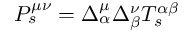
P _ { s } ^ { \mu \nu } = \Delta _ { \alpha } ^ { \mu } \Delta _ { \beta } ^ { \nu } T _ { s } ^ { \alpha \beta }